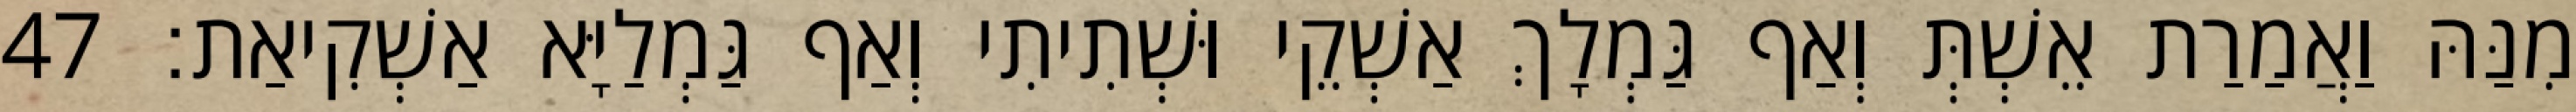
מִנַּהּ וַאֲמַרַת אֵשְׁתְּ וְאַף גַּמְלָךְ אַשְׁקֵי וּשְׁתִיתִי וְאַף גַּמְלַיָּא אַשְׁקִיאַת׃ 47